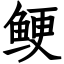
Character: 鲠